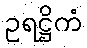
ဥရဋ္ဌိကံ